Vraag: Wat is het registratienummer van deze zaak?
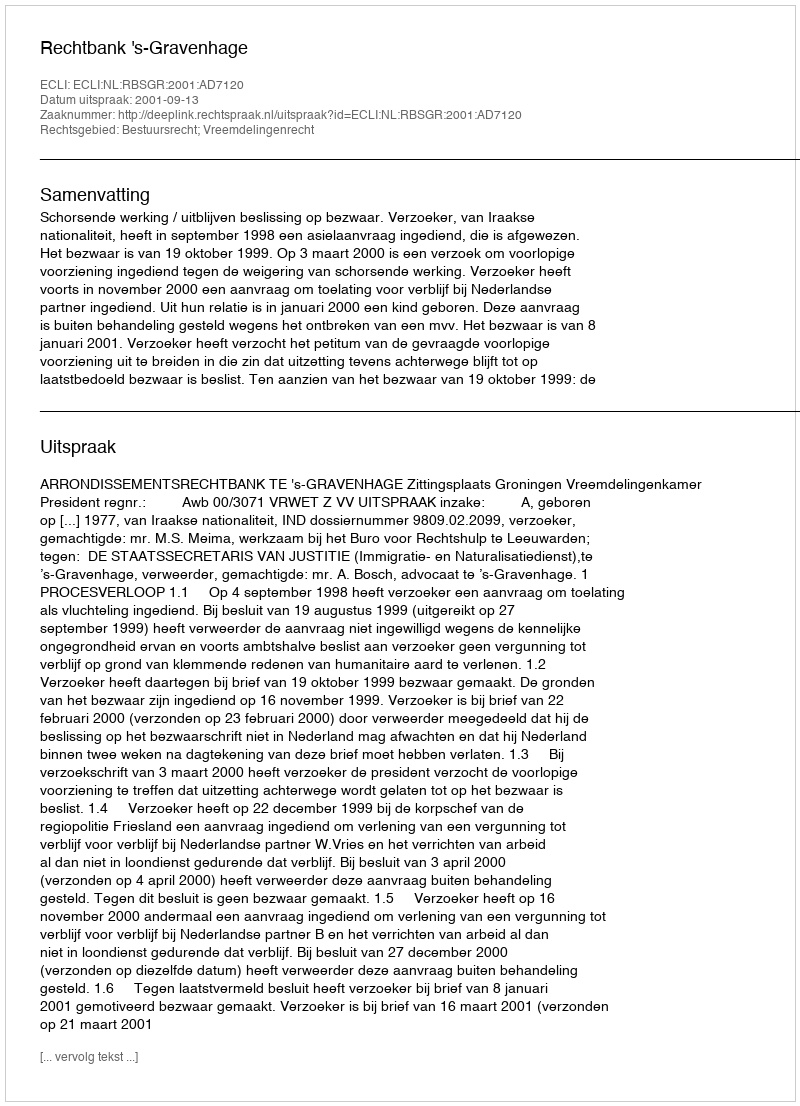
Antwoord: http://deeplink.rechtspraak.nl/uitspraak?id=ECLI:NL:RBSGR:2001:AD7120